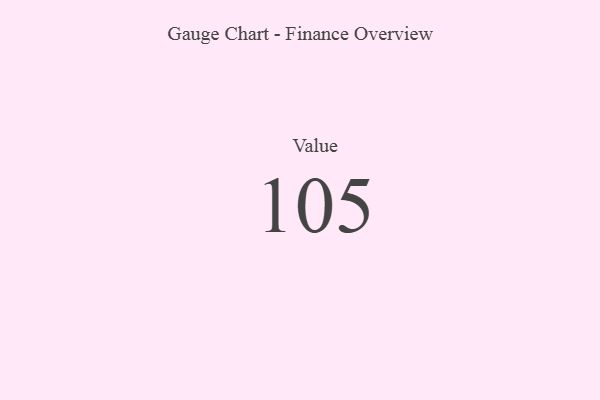
{"axis": {"x": "Metric", "y": "Value"}, "legend": [""], "data": [{"x": "Value", "y": 105, "type": ""}]}